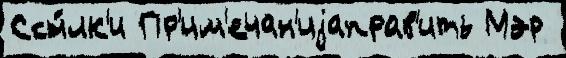
Ссы́лк'и Пр'им'ечан'иjаправ'ить Мэр